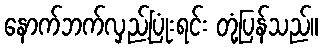
နောက်ဘက်လှည့်ပြုံးရင်း တုံ့ပြန်သည်။